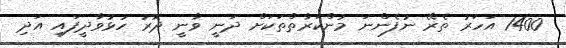
1400 އަހަރު ތެރޭ ނުފެންނަ މުންކަރާތްތަކަށް ދަނީ ވާނީ ދޮރު ހުޅުވާދީފައި އަދި